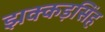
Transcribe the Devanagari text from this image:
झक्कड़सिंह